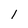
Character: l